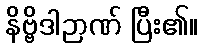
နိဗ္ဗိဒါဉာဏ် ပြီး၏။